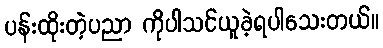
ပန်းထိုးတဲ့ပညာ ကိုပါသင်ယူခဲ့ရပါသေးတယ်။